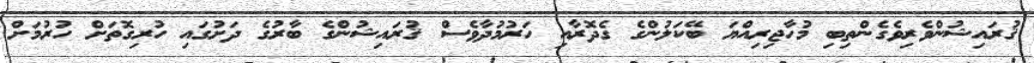
ޤުރައިޝުންވެރިވެގެންތިބި މުހާޖިރިއްޔަ ބޭކަލުންގެ ގެދޮރާއި ހަރުމުދާވެސް ޤުރައިޝުންގެ ބާރުގެ ދަށުގައި ހުރިގޮތަށް ހުރުމަށް